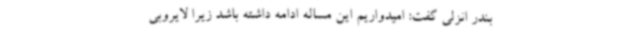
بندر انزلی گفت: امیدواریم این مساله ادامه داشته باشد زیرا لایروبی